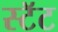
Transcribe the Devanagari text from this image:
स्टॅट